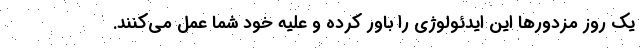
يك روز مزدورها اين ايدئولوژي را باور كرده و عليه خود شما عمل مي‌كنند.